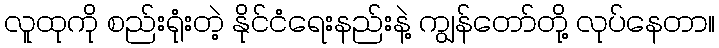
လူထုကို စည်းရုံးတဲ့ နိုင်ငံရေးနည်းနဲ့ ကျွန်တော်တို့ လုပ်နေတာ။